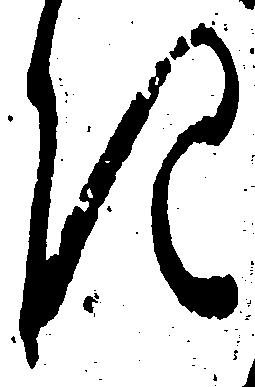
き